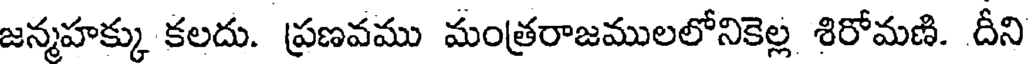
జన్మహక్కు కలదు. ప్రణవము మంత్రరాజములలోనికెల్ల శిరోమణి. దీని